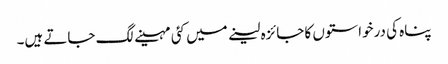
پناہ کی درخواستوں کا جائزہ لینے میں کئی مہینے لگ جاتے ہیں۔